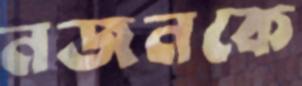
নজনকে